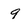
Character: 9